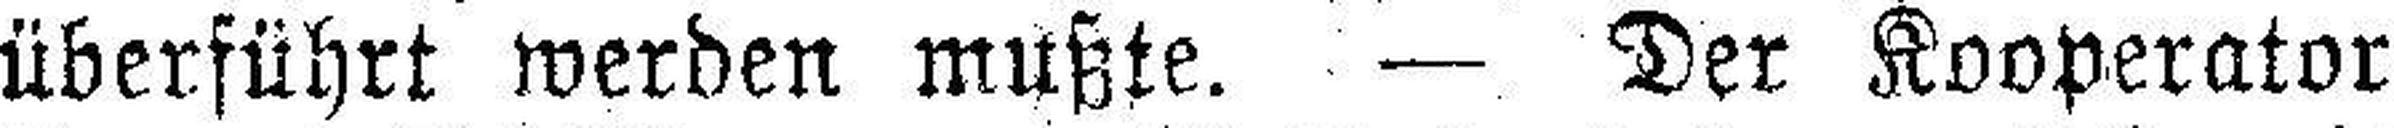
überführt werden mußte. — Der Kooperator